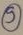
Text: 5